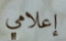
إعلامي